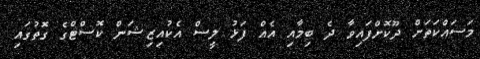
މަސައްކަތަށް ދޫކޮށްފައިވާ ދެ ބިމާއި އެއް ފަޅު ލީސް އެކުއިޒިޝަން ކޮސްޓްގެ ގޮތުގައި